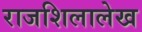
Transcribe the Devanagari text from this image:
राजशिलालेख